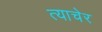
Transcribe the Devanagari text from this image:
त्याचेर